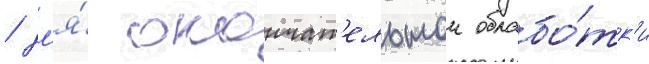
/ дл'я́ окончат'ельнои обрабо́тк'и